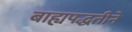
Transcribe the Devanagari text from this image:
बाह्यपद्धतीने